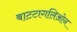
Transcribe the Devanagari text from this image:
बाटटागलिओन